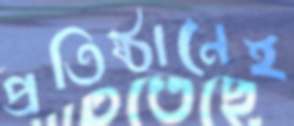
প্রতিষ্ঠানেই